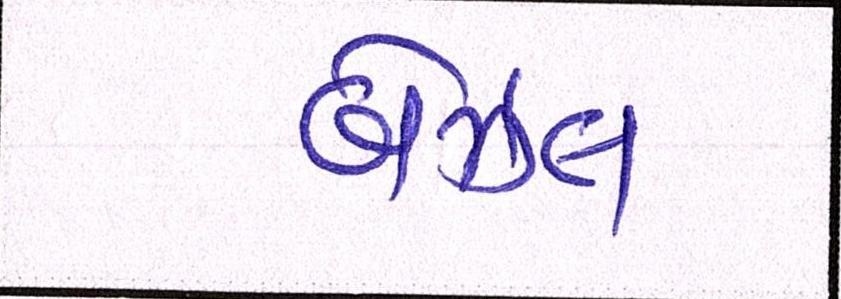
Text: બેઝલ